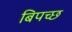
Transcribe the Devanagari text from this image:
बिपच्छ